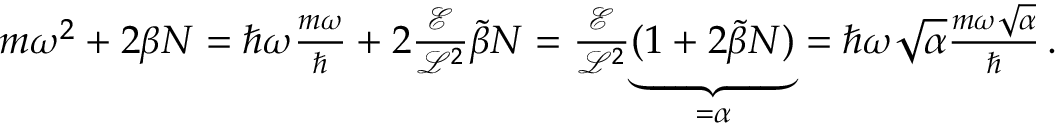
\begin{array} { r } { m \omega ^ { 2 } + 2 \beta N = \hbar \omega \frac { m \omega } { \hbar } + 2 \frac { \mathcal { E } } { \mathcal { L } ^ { 2 } } \tilde { \beta } N = \frac { \mathcal { E } } { \mathcal { L } ^ { 2 } } \underset { = \alpha } { \underbrace { ( 1 + 2 \tilde { \beta } N ) } } = \hbar \omega \sqrt { \alpha } \frac { m \omega \sqrt { \alpha } } { \hbar } \, . } \end{array}